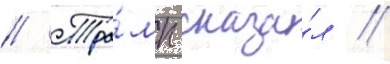
// Тра́мп сказа́л /